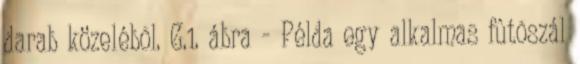
darab közelébõl. G.1. ábra - Példa egy alkalmas fûtõszál